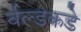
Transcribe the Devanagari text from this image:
र्वल्डकडे